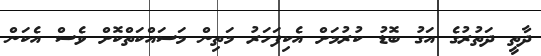
ދާތީ ދަތުރުގެ އަގު ބޮޑު ކުރުމަށް އެކިފަހަރު މަތިން މަސައްކަތްކޮށް ވެސް އެކަން